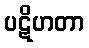
ပဋိဟတာ